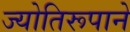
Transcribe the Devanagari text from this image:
ज्योतिरूपाने